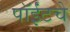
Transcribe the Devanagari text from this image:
पॉईंटचे